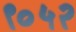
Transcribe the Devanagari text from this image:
९०५२